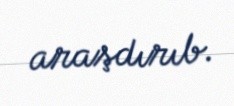
araşdırıb.